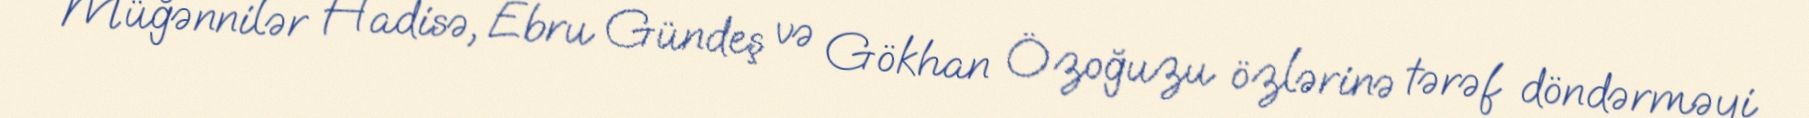
Müğənnilər Hadisə, Ebru Gündeş və Gökhan Özoğuzu özlərinə tərəf döndərməyi